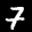
Label: 7